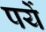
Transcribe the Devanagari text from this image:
पर्ये